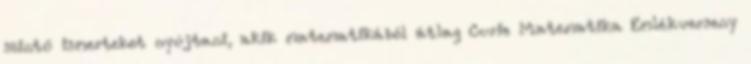
szintű ismerteket nyújtani, akik matematikából átlag Curie Matematika Emlékverseny